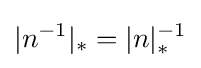
|n^{-1}|_{*}=|n|_{*}^{-1}